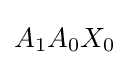
A_{1}A_{0}X_{0}